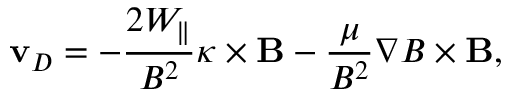
\mathbf { v } _ { D } = - \frac { 2 W _ { \parallel } } { B ^ { 2 } } \kappa \times \mathbf { B } - \frac { \mu } { B ^ { 2 } } \nabla B \times \mathbf { B } ,